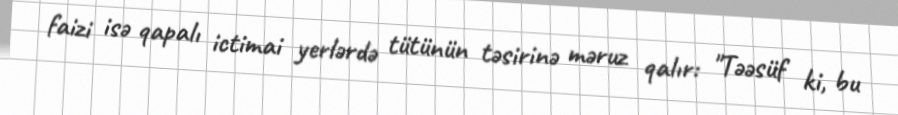
faizi isə qapalı ictimai yerlərdə tütünün təsirinə məruz qalır: "Təəsüf ki, bu